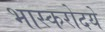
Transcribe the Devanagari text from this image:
भास्करोदये